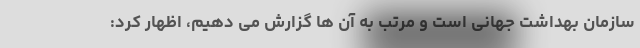
سازمان بهداشت جهانی است و مرتب به آن ها گزارش می دهیم، اظهار کرد: